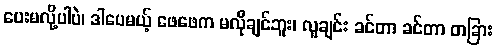
ပေးမလို့ပါပဲ၊ ဒါပေမယ့် ဖေဖေက မလိုချင်ဘူး၊ လူချင်း ခင်တာ ခင်တာ တခြား